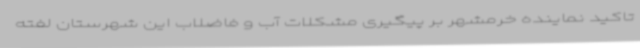
تاکید نماینده خرمشهر بر پیگیری مشکلات آب و فاضلاب این شهرستان لفته